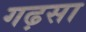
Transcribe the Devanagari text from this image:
गढ़सा